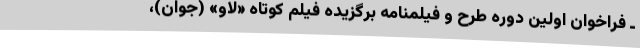
ـ فراخوان اولین دوره طرح و فیلمنامه برگزیده فیلم کوتاه «لاو» (جوان)،